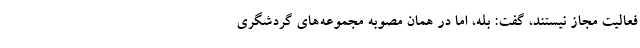
فعالیت مجاز نیستند، گفت: بله، اما در همان مصوبه مجموعه‌های گردشگری